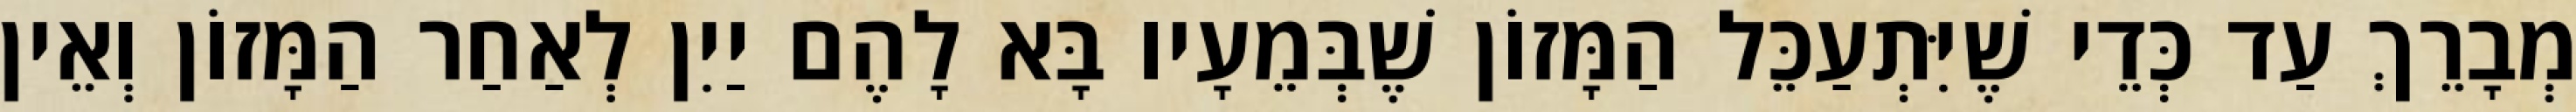
מְבָרֵךְ עַד כְּדֵי שֶׁיִּתְעַכֵּל הַמָּזוֹן שֶׁבְּמֵעָיו בָּא לָהֶם יַיִן לְאַחַר הַמָּזוֹן וְאֵין